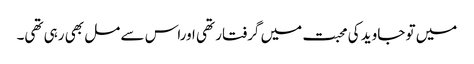
میں تو جاوید کی محبت میں گرفتار تھی اوراس سے مل بھی رہی تھی۔